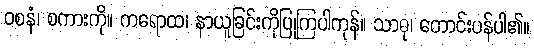
ဝစနံ၊ စကားကို။ ကရောထ၊ နာယူခြင်းကိုပြုကြပါကုန်။ သာဓု၊ တောင်းပန်ပါ၏။